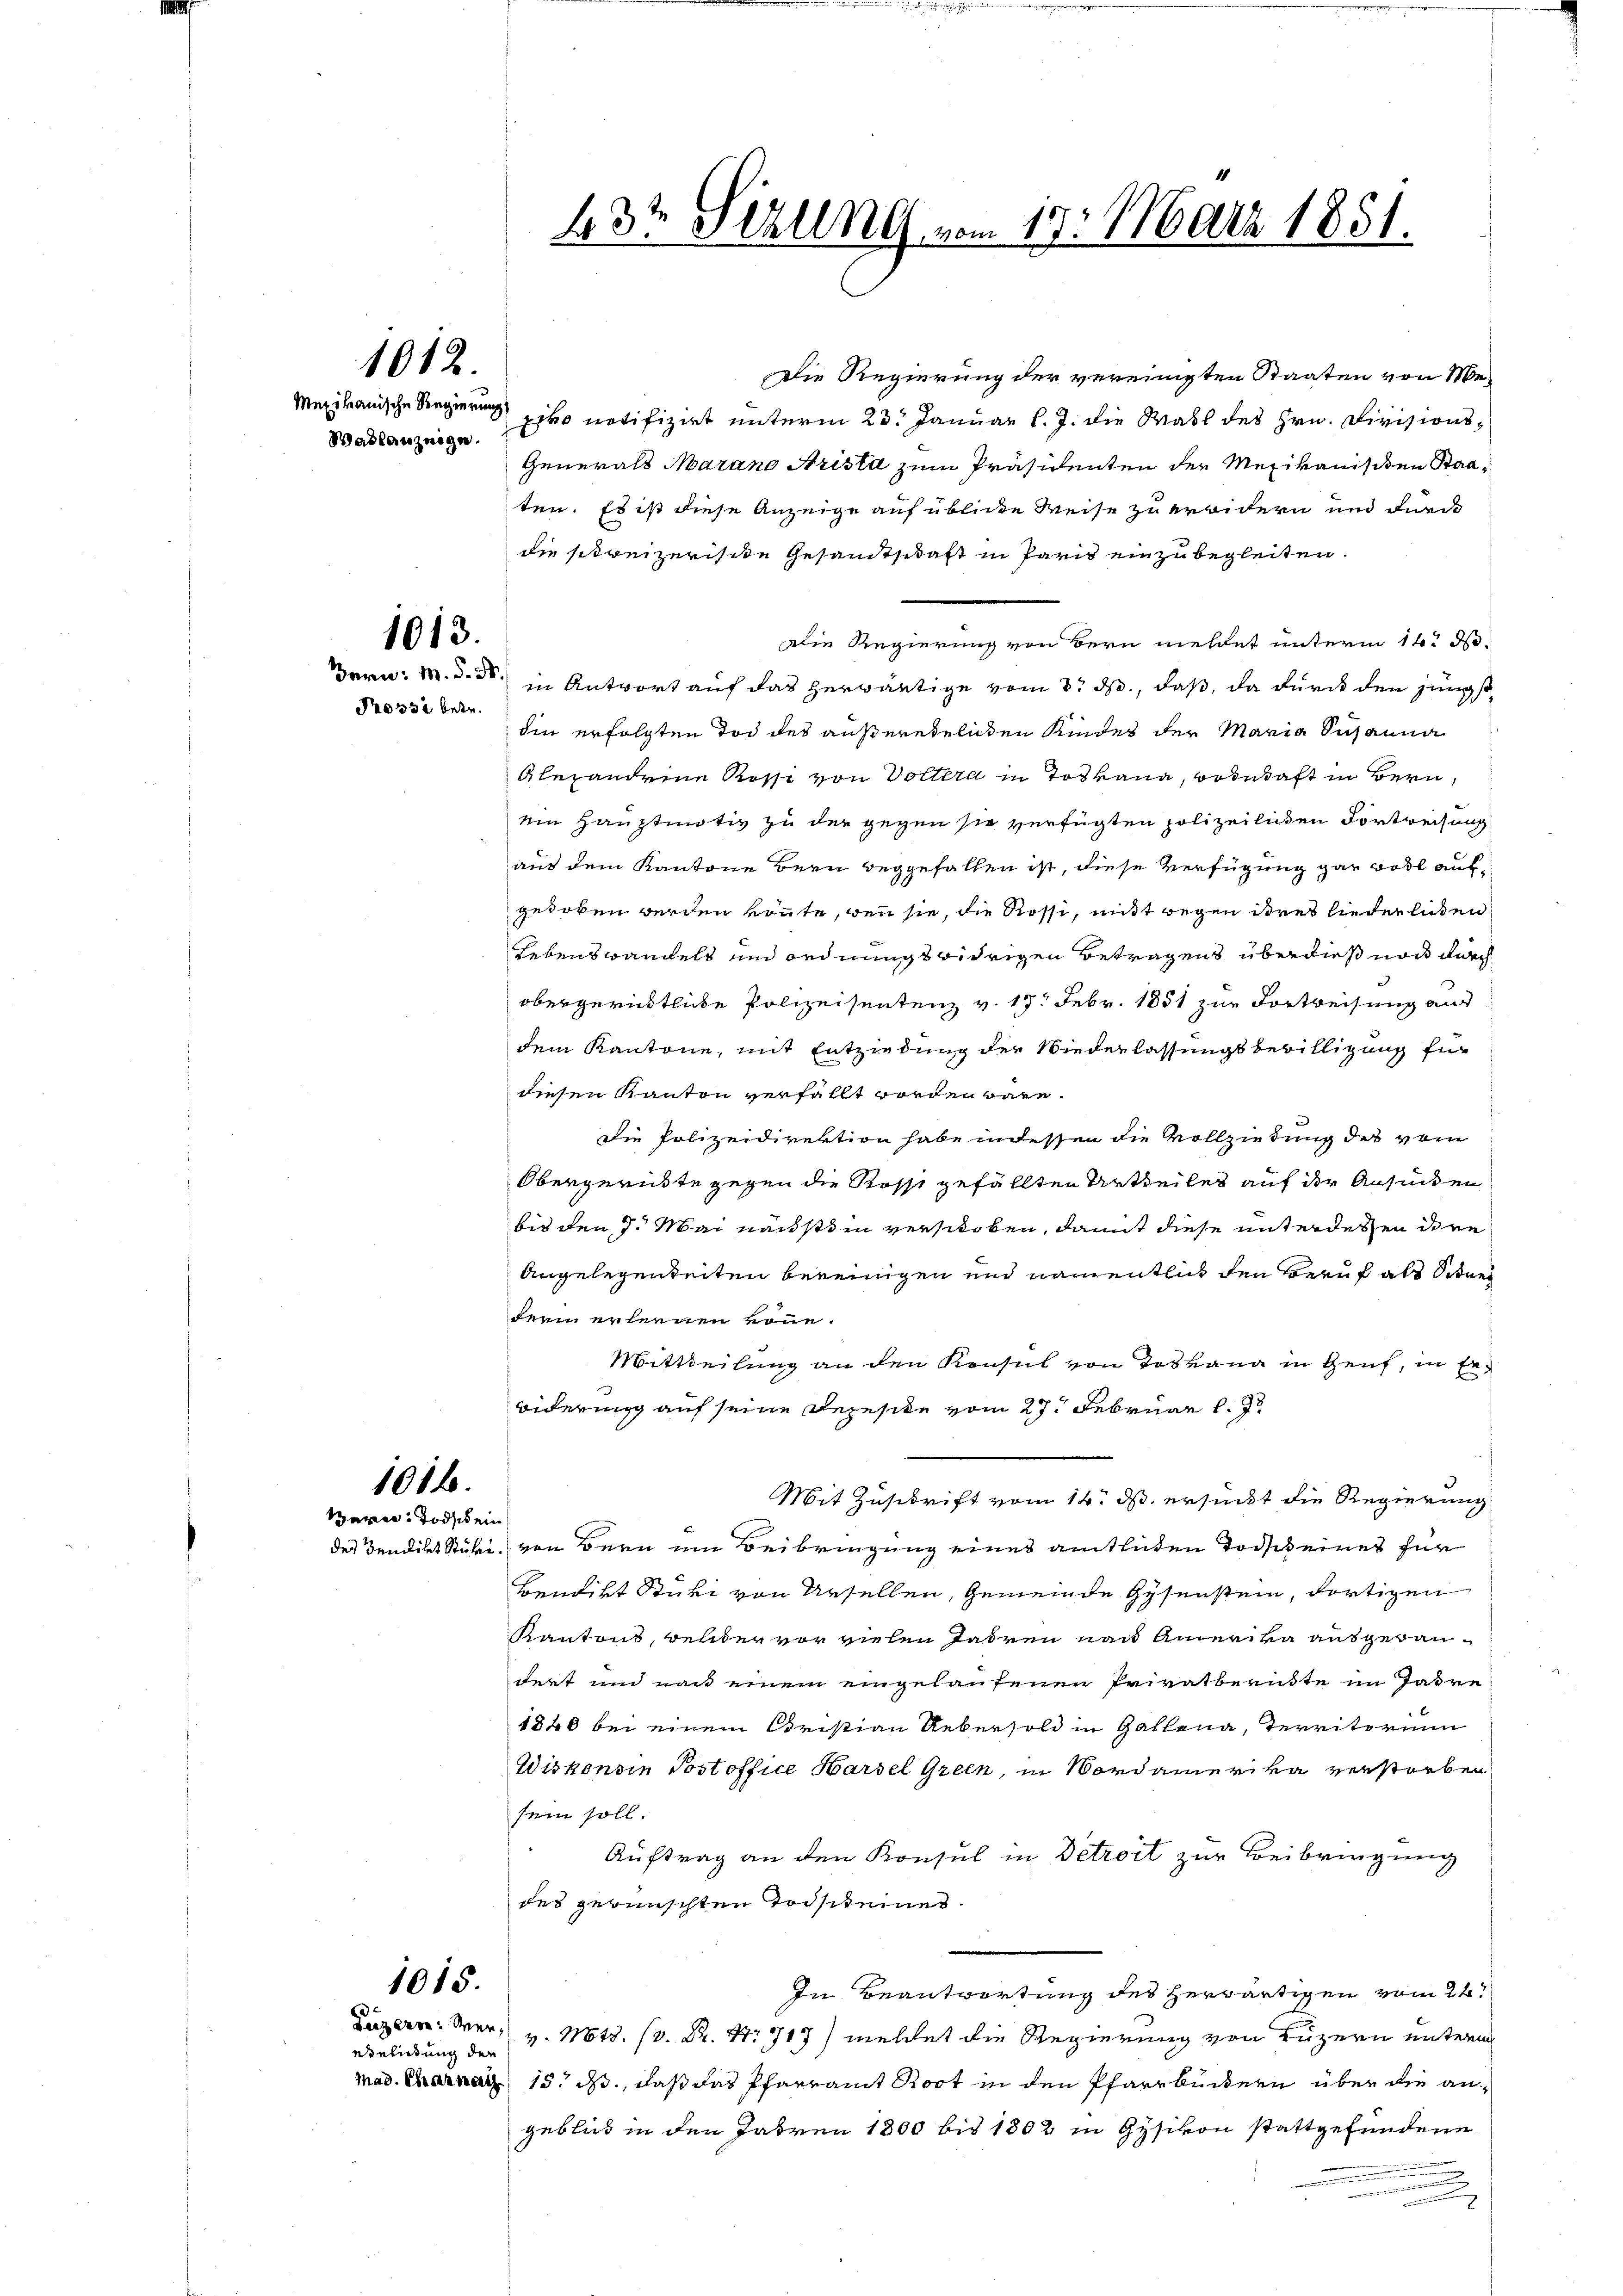
Wadlauzeige.

1012.

1013.
Prosse betr.

1016.
Baren Todschein

1015.

ebelung der

432 Sizung vom 19. März 1851.

Die Regierung der vereinigten Staaten von Me¬
Mexikanische Regier notifizirt unterm 23. Januar l. J. die Wahl des Hrn. Divisions¬
Generals Marano Arista zum Präsidenten der Mexikanischen Staaten. Es ist diese Anzeige auf üblicke Weise zu erwidern und durch
die streizerische Gesandtschaft in Paris einzubegleiten.
Die Regierung von Bern meldet unterm 16. d.
Dern: M. D. in Antwort auf das herwärtige vom 8t d., daß, da durch den jüngst
die erfolgten Tod des außerehelichen Kindes der Maria Susanna
Alexandeine Rosse von Vollera in Totkana, Botetaft in Bern,
ein Hauptmotiv zu der gegen sie verfügten polizeilichen Vortreisung
aus dem Kantone Bern beggefallen ist, diese Verfügung gar woll auf
geloben werden könnte, wenn sie, die Rossi, mit wegen ihres liederlichen
Lebenswandels und ordnungswidrigen Betragens überdieß noch durch
obergerüstliche Polizeisentenz v. 15. Febr. 1851 zur Vortreisung aus
dem Kantone, mit Entziehung der Wiederlassungsbewilligung für
diesen Kanton verfällt worden wäre.
Die Polizeidirektion habe in dessen die Vollziedung des vom
Obergerüste gegen die Rosse gefällten Urtheiles auf der Ansieden
bis den 7. Mai nächstein verschoben, damit diese unterdessen ihre
Angelegenheiten bereinigen und namentlich den Beruf als Situer
derin erlernen könne.
Mittheilung an den Konsul von Toskana in Genf, in Erbiderung auf seine Depesike vom 27. Februar l. J.
Mit Zuschrift vom 14. ds. ersucht die Regierung
der dendikat Stüke von Bern um Beibringung eines amtlichen Tode keines für
Bendirt Stucki von Ursellen, Gemeinde Gysenstein, dortigen
Kantons, welder vor vielen Jahren nach Amerika ausgebaudert und nach einem eingelaufenen Privatberükte im Jahre
1840 bei einem Cristian Uebersold in Gallena, Territorium
Wiskondin Post office Harsel Green, in Nordamerika verstorben
sein soll.
Auftrag an den Konsul in Detroit zur Beibringung
des gewünschten Todscheines.
In Beantwortung des herwärtigen vom 24t
 die Regierung von Luzern unterm
Mad. Charnach 15. ds., daß das Pfarramt Rost in den Pfarrbüchern über die angeblick in den Jahren 1800 bis 1802 in Gysikon stattgefundene